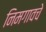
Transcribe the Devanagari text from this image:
निमगावचे